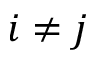
i \neq j